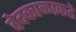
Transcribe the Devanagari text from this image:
वेदकाळाकडे